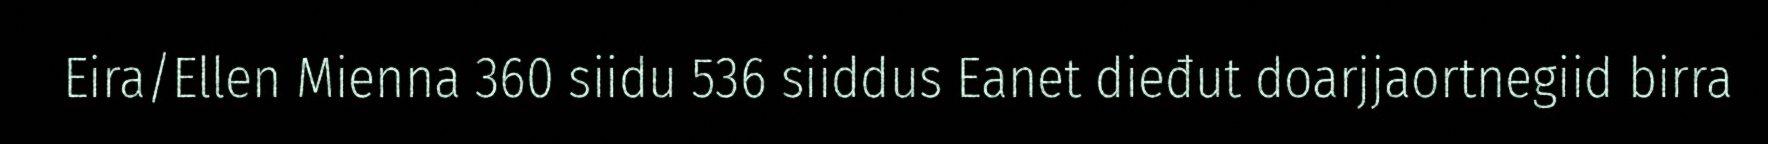
Eira/Ellen Mienna 360 siidu 536 siiddus Eanet dieđut doarjjaortnegiid birra